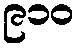
၉၁၀